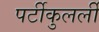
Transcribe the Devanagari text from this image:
पर्टीकुलर्ली